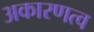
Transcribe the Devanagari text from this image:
अकारणत्व